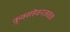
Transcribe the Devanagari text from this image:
कुक्सहेवनजवळ